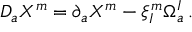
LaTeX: D _ { a } X ^ { m } = \partial _ { a } X ^ { m } - \xi _ { I } ^ { m } \Omega _ { a } ^ { I } \, .